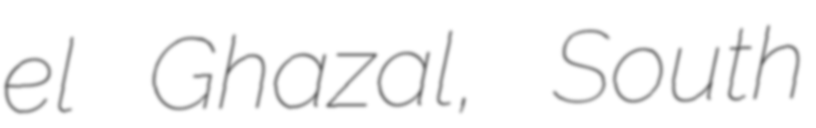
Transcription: el Ghazal, South